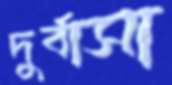
দুর্বাসা